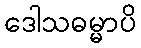
ဒေါသဓမ္မာပိ